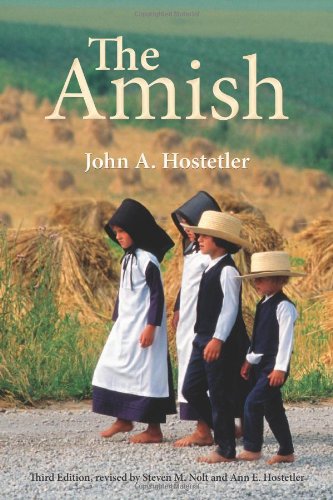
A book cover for The Amish; John A Hostetler; Christian Books & Bibles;